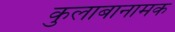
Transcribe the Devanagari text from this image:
कुलाबानामक